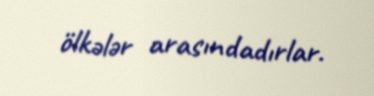
ölkələr arasındadırlar.